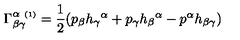
\Gamma _ { \beta \gamma } ^ { \alpha \ { \scriptscriptstyle ( 1 ) } } = \frac { 1 } { 2 } ( p _ { \beta } h _ { \gamma } { } ^ { \alpha } + p _ { \gamma } h _ { \beta } { } ^ { \alpha } - p ^ { \alpha } h _ { \beta \gamma } )